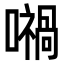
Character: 𡁜